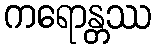
ကရောန္တဿ